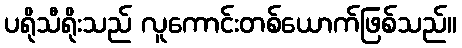
ပရိုသီရိုးသည် လူကောင်းတစ်ယောက်ဖြစ်သည်။